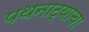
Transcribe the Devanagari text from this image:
पथनाट्याचा